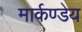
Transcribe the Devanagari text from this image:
मार्कण्‍डेय